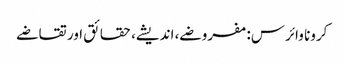
کرونا وائرس: مفروضے، اندیشے، حقائق اور تقاضے